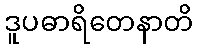
ဒူပဓာရိတေနာတိ